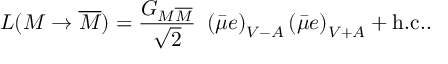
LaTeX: { \cal L } ( M \rightarrow \overline { { { M } } } ) = { \frac { G _ { M \overline { { { M } } } } } { \sqrt { 2 } } } ~ \left( \bar { \mu } e \right) _ { V - A } \left( \bar { \mu } e \right) _ { V + A } + \mathrm { h . c . } .